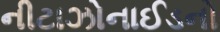
નીટાઝોનાઈડનો